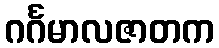
ဂင်္ဂမာလဇာတက